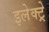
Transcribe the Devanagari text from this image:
इलेक्ट्रे